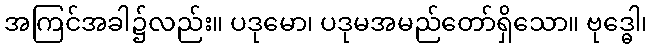
အကြင်အခါ၌လည်း။ ပဒုမော၊ ပဒုမအမည်တော်ရှိသော။ ဗုဒ္ဓေါ၊